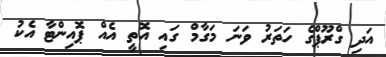
އަދި ގްރޫޕްގެ ހަތަރު ވަނަ މަގާމް ގައި އޮތީ އެއް ޕޮއިންޓާ އެކު